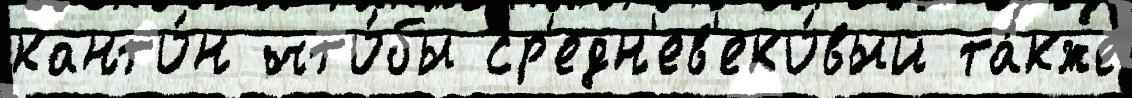
канто́н что́бы ср'едн'ев'еко́вый та́кже